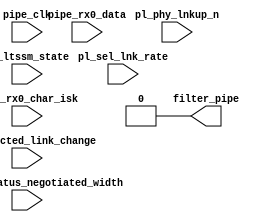
//-----------------------------------------------------------------------------
//
// (c) Copyright 2009-2011 Xilinx, Inc. All rights reserved.
//
// This file contains confidential and proprietary information
// of Xilinx, Inc. and is protected under U.S. and
// international copyright and other intellectual property
// laws.
//
// DISCLAIMER
// This disclaimer is not a license and does not grant any
// rights to the materials distributed herewith. Except as
// otherwise provided in a valid license issued to you by
// Xilinx, and to the maximum extent permitted by applicable
// law: (1) THESE MATERIALS ARE MADE AVAILABLE "AS IS" AND
// WITH ALL FAULTS, AND XILINX HEREBY DISCLAIMS ALL WARRANTIES
// AND CONDITIONS, EXPRESS, IMPLIED, OR STATUTORY, INCLUDING
// BUT NOT LIMITED TO WARRANTIES OF MERCHANTABILITY, NON-
// INFRINGEMENT, OR FITNESS FOR ANY PARTICULAR PURPOSE; and
// (2) Xilinx shall not be liable (whether in contract or tort,
// including negligence, or under any other theory of
// liability) for any loss or damage of any kind or nature
// related to, arising under or in connection with these
// materials, including for any direct, or any indirect,
// special, incidental, or consequential loss or damage
// (including loss of data, profits, goodwill, or any type of
// loss or damage suffered as a result of any action brought
// by a third party) even if such damage or loss was
// reasonably foreseeable or Xilinx had been advised of the
// possibility of the same.
//
// CRITICAL APPLICATIONS
// Xilinx products are not designed or intended to be fail-
// safe, or for use in any application requiring fail-safe
// performance, such as life-support or safety devices or
// systems, Class III medical devices, nuclear facilities,
// applications related to the deployment of airbags, or any
// other applications that could lead to death, personal
// injury, or severe property or environmental damage
// (individually and collectively, "Critical
// Applications"). Customer assumes the sole risk and
// liability of any use of Xilinx products in Critical
// Applications, subject only to applicable laws and
// regulations governing limitations on product liability.
//
// THIS COPYRIGHT NOTICE AND DISCLAIMER MUST BE RETAINED AS
// PART OF THIS FILE AT ALL TIMES.
//
//-----------------------------------------------------------------------------
// Project    : Virtex-6 Integrated Block for PCI Express
// Version    : 2.4
//--
//-- Description: Virtex6 Workaround for Root Port Upconfigurability Bug
//--
//--
//--------------------------------------------------------------------------------

`timescale 1ns/1ns

module pcie_upconfig_fix_3451_v6 # (

  parameter                                     UPSTREAM_FACING = "TRUE",
  parameter                                     PL_FAST_TRAIN = "FALSE",
  parameter                                     LINK_CAP_MAX_LINK_WIDTH = 6'h08,
  parameter                                     TCQ = 1

)
(

  input                                         pipe_clk,
  input                                         pl_phy_lnkup_n,

  input  [5:0]                                  pl_ltssm_state,
  input                                         pl_sel_lnk_rate,
  input  [1:0]                                  pl_directed_link_change,

  input  [3:0]                                  cfg_link_status_negotiated_width,
  input  [15:0]                                 pipe_rx0_data,
  input  [1:0]                                  pipe_rx0_char_isk,

  output                                        filter_pipe

);


  reg                                           reg_filter_pipe;
  reg  [15:0]                                   reg_tsx_counter;
  wire [15:0]                                   tsx_counter;

  wire [5:0]                                    cap_link_width;

  // Corrupting all Tsx on all lanes as soon as we do R.RC->R.RI transition to allow time for
  // the core to see the TS1s on all the lanes being configured at the same time
  // R.RI has a 2ms timeout.Corrupting tsxs for ~1/4 of that time
  // 225 pipe_clk cycles-sim_fast_train
  // 60000 pipe_clk cycles-without sim_fast_train
  // Not taking any action  when PLDIRECTEDLINKCHANGE is set

// Detect xx, COM then PAD,xx or COM,PAD then PAD,xx
// data0 will be the first symbol on lane 0, data1 will be the next symbol.
//  Don't look for PAD on data1 since it's unnecessary.
// COM=0xbc and PAD=0xf7 (and isk).
// detect if (data & 0xb4) == 0xb4 and isk, and then
//  if (data & 0x4b) == 0x08 or 0x43.  This distinguishes COM and PAD, using
//  no more than a 6-input LUT, so should be "free".

reg reg_filter_used, reg_com_then_pad;
reg reg_data0_b4, reg_data0_08, reg_data0_43;
reg reg_data1_b4, reg_data1_08, reg_data1_43;
reg reg_data0_com, reg_data1_com, reg_data1_pad;

wire  data0_b4 = pipe_rx0_char_isk[0] &&
        ((pipe_rx0_data[7:0] & 8'hb4) == 8'hb4);
wire  data0_08 = ((pipe_rx0_data[7:0] & 8'h4b) == 8'h08);
wire  data0_43 = ((pipe_rx0_data[7:0] & 8'h4b) == 8'h43);
wire  data1_b4 = pipe_rx0_char_isk[1] &&
        ((pipe_rx0_data[15:8] & 8'hb4) == 8'hb4);
wire  data1_08 = ((pipe_rx0_data[15:8] & 8'h4b) == 8'h08);
wire  data1_43 = ((pipe_rx0_data[15:8] & 8'h4b) == 8'h43);

wire  data0_com = reg_data0_b4 && reg_data0_08;
wire  data1_com = reg_data1_b4 && reg_data1_08;
wire  data0_pad = reg_data0_b4 && reg_data0_43;
wire  data1_pad = reg_data1_b4 && reg_data1_43;

wire  com_then_pad0 = reg_data0_com && reg_data1_pad && data0_pad;
wire  com_then_pad1 = reg_data1_com && data0_pad && data1_pad;
wire  com_then_pad = (com_then_pad0 || com_then_pad1) && ~reg_filter_used;
wire  filter_used = (pl_ltssm_state == 6'h20) &&
        (reg_filter_pipe || reg_filter_used);

  always @(posedge pipe_clk) begin

    reg_data0_b4 <= #TCQ data0_b4;
    reg_data0_08 <= #TCQ data0_08;
    reg_data0_43 <= #TCQ data0_43;
    reg_data1_b4 <= #TCQ data1_b4;
    reg_data1_08 <= #TCQ data1_08;
    reg_data1_43 <= #TCQ data1_43;
    reg_data0_com <= #TCQ data0_com;
    reg_data1_com <= #TCQ data1_com;
    reg_data1_pad <= #TCQ data1_pad;
    reg_com_then_pad <= #TCQ (~pl_phy_lnkup_n) ? com_then_pad : 1'b0;
    reg_filter_used <= #TCQ (~pl_phy_lnkup_n) ? filter_used : 1'b0;

  end

  always @ (posedge pipe_clk) begin

    if (pl_phy_lnkup_n) begin

      reg_tsx_counter <= #TCQ 16'h0;
      reg_filter_pipe <= #TCQ 1'b0;

    end else if ((pl_ltssm_state == 6'h20) &&
     reg_com_then_pad &&
                 (cfg_link_status_negotiated_width != cap_link_width) &&
                 (pl_directed_link_change[1:0] == 2'b00)) begin

      reg_tsx_counter <= #TCQ 16'h0;
      reg_filter_pipe <= #TCQ 1'b1;

    end else if (filter_pipe == 1'b1) begin

      if (tsx_counter < ((PL_FAST_TRAIN == "TRUE") ? 16'd225: pl_sel_lnk_rate ? 16'd800 : 16'd400)) begin

        reg_tsx_counter <= #TCQ tsx_counter + 1'b1;
        reg_filter_pipe <= #TCQ 1'b1;

      end else begin

        reg_tsx_counter <= #TCQ 16'h0;
        reg_filter_pipe <= #TCQ 1'b0;

      end

    end

  end

  assign filter_pipe = (UPSTREAM_FACING == "TRUE") ? 1'b0 : reg_filter_pipe;
  assign tsx_counter = reg_tsx_counter;

  assign cap_link_width = LINK_CAP_MAX_LINK_WIDTH;

endmodule